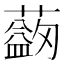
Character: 𦿯